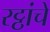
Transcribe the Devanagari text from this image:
रट्ठांचे